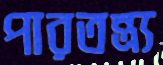
পারতন্ত্র্য